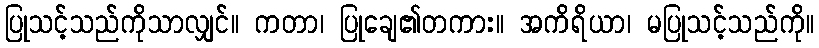
ပြုသင့်သည်ကိုသာလျှင်။ ကတာ၊ ပြုချေ၏တကား။ အကိရိယာ၊ မပြုသင့်သည်ကို။